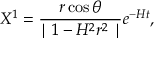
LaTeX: X ^ { 1 } = \frac { r \cos \theta } { \mid 1 - H ^ { 2 } r ^ { 2 } \mid } e ^ { - H t } ,